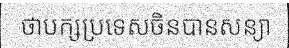
ថាបក្សប្រទេសចិនបានសន្យា